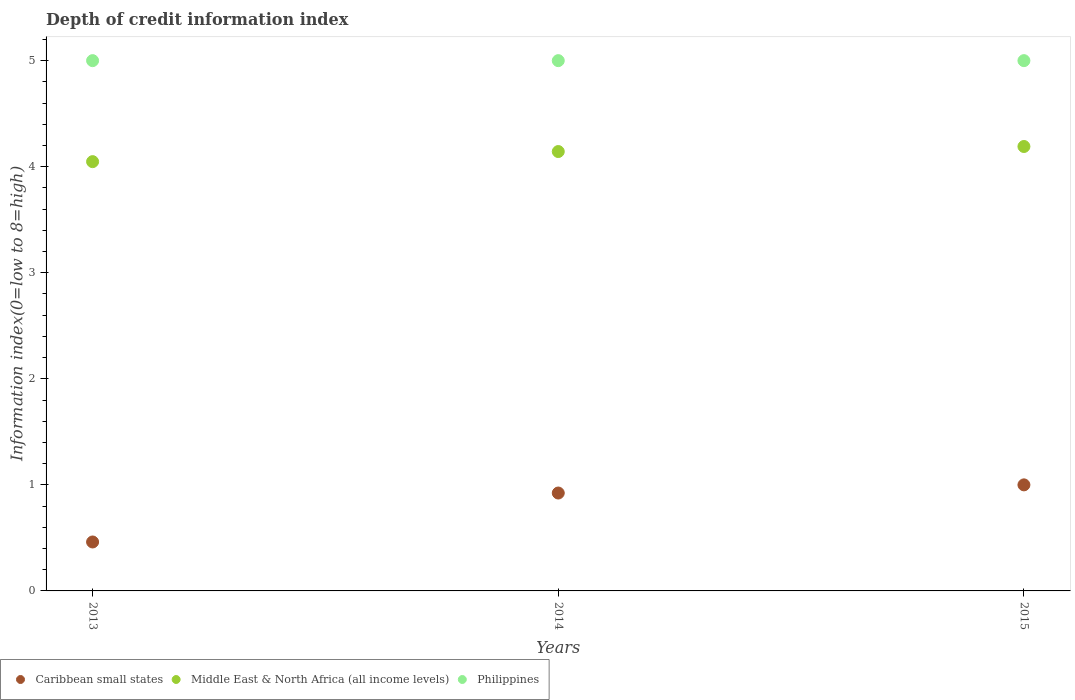
| Years | Caribbean small states | Middle East & North Africa (all income levels) | Philippines |
 | --- | --- | --- | --- |
 | 2013 | 0.462 | 4.05 | 5 |
 | 2014 | 0.923 | 4.14 | 5 |
 | 2015 | 1 | 4.19 | 5 |